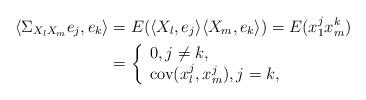
LaTeX: \begin{align*}\langle \Sigma _{X_l X_m} e_j, e_k \rangle &= E ( \langle X_l , e_j \rangle \langle X_m , e_k \rangle) = E (x_1^j x_m^k) \\& = \left\{\begin{array}{lll}0, j\neq k,\\\mbox{cov} (x_l^j,x_m^j), j=k,\end{array}\right.\end{align*}